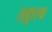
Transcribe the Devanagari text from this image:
सकुल्य